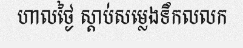
ហាលថ្ងៃ ស្តាប់សម្លេងទឹកលលក